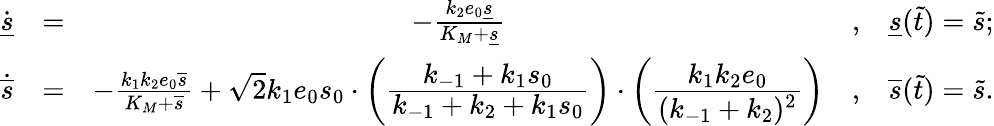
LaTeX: \begin{array}{rcccl}{\dot{\underline{{s}}}}&{=}&{-\frac{k_{2}e_{0}\underline{{s}}}{K_{M}+\underline{{s}}}}&{,}&{\underline{{s}}(\widetilde t)=\widetilde s;}\\ {\dot{\overline{{s}}}}&{=}&{-\frac{k_{1}k_{2}e_{0}\overline{{s}}}{K_{M}+\overline{{s}}}+\sqrt 2k_{1}e_{0}s_{0}\cdot\bigg(\cfrac{k_{-1}+k_{1}s_{0}}{k_{-1}+k_{2}+k_{1}s_{0}}\bigg)\cdot\bigg(\cfrac{k_{1}k_{2}e_{0}}{(k_{-1}+k_{2})^{2}}\bigg)}&{,}&{\overline{{s}}(\widetilde t)=\widetilde s.}\end{array}